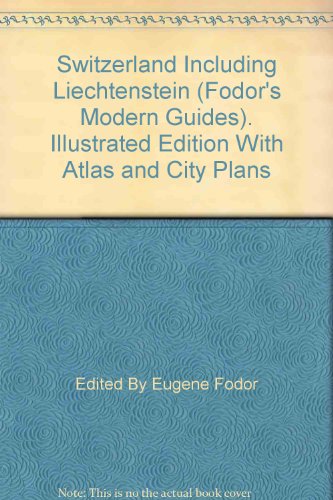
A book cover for Switzerland Including Liechtenstein (Fodor"s Modern Guides). Illustrated Edition With Atlas and City Plans; Edited By Eugene Fodor; Travel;